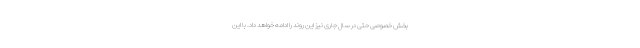
بخش خصوصی حتی در سال جاری نیز این روند را ادامه خواهد داد. با این